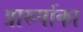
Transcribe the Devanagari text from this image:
प्रारुपोंका